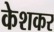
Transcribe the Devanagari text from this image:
केशकर